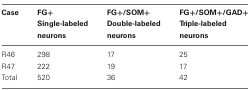
<table><thead><tr><td><b>Case</b></td><td><b>FG+ Single-labeled neurons</b></td><td><b>FG+/SOM+ Double-labeled neurons</b></td><td><b>FG+/SOM+/GAD+ Triple-labeled neurons</b></td></tr></thead><tbody><tr><td>R46</td><td>298</td><td>17</td><td>25</td></tr><tr><td>R47</td><td>222</td><td>19</td><td>17</td></tr><tr><td>Total</td><td>520</td><td>36</td><td>42</td></tr></tbody></table>